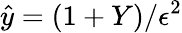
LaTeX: \hat{y}=(1+Y)/{\epsilon^{2}}